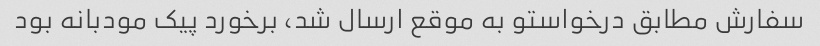
سفارش مطابق درخواستو به موقع ارسال شد، برخورد پیک مودبانه بود